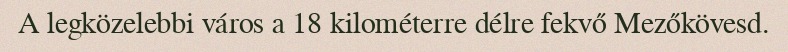
A legközelebbi város a 18 kilométerre délre fekvő Mezőkövesd.